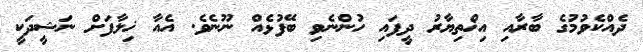
ދެއްކެވުމުގެ ބާރާއި އިޚްތިޔާރު ދީފައި ހުންނެވި ބޭފުޅެއް ނޫނެވެ. އެއާ ޚިލާފަށް ނަޝީދަކީ